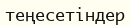
теңесетіндер